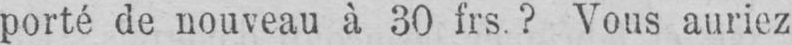
porté de nouveau à 30 frs.? Vous auriez